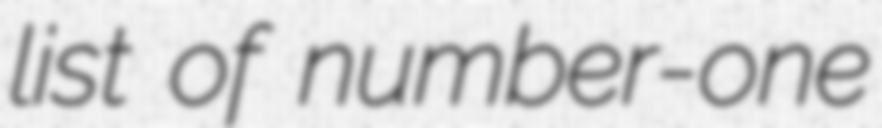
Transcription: list of number-one